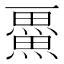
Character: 𭻴